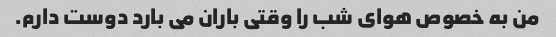
من به خصوص هوای شب را وقتی باران می بارد دوست دارم.